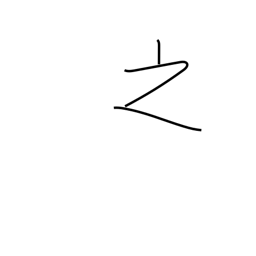
Meaning: of